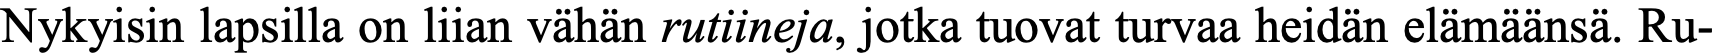
Nykyisin lapsilla on liian vähän rutiineja, jotka tuovat turvaa heidän elämäänsä. Ru-